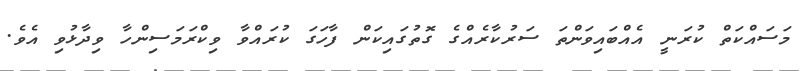
މަސައްކަތް ކުރަނީ އެއްބައިވަންތަ ސަރުކާރެއްގެ ގޮތުގައިކަން ފާހަގަ ކުރައްވާ ވިކްރަމަސިންހާ ވިދާޅުވި އެވެެ.